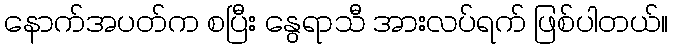
နောက်အပတ်က စပြီး နွေရာသီ အားလပ်ရက် ဖြစ်ပါတယ်။